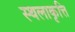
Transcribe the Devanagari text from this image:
स्थलाकृत्ति